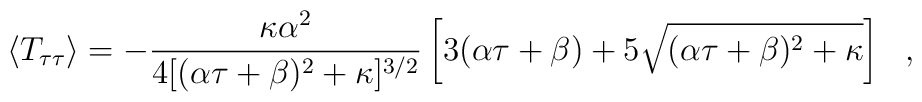
\langle T_{\tau \tau} \rangle = -{\kappa \alpha^2 \over 4 [ (\alpha \tau+ \beta )^2 +\kappa ]^{3/2}} \left[ 3 (\alpha \tau + \beta ) + 5\sqrt{ ( \alpha \tau + \beta )^2 + \kappa} \right]\ \ ,